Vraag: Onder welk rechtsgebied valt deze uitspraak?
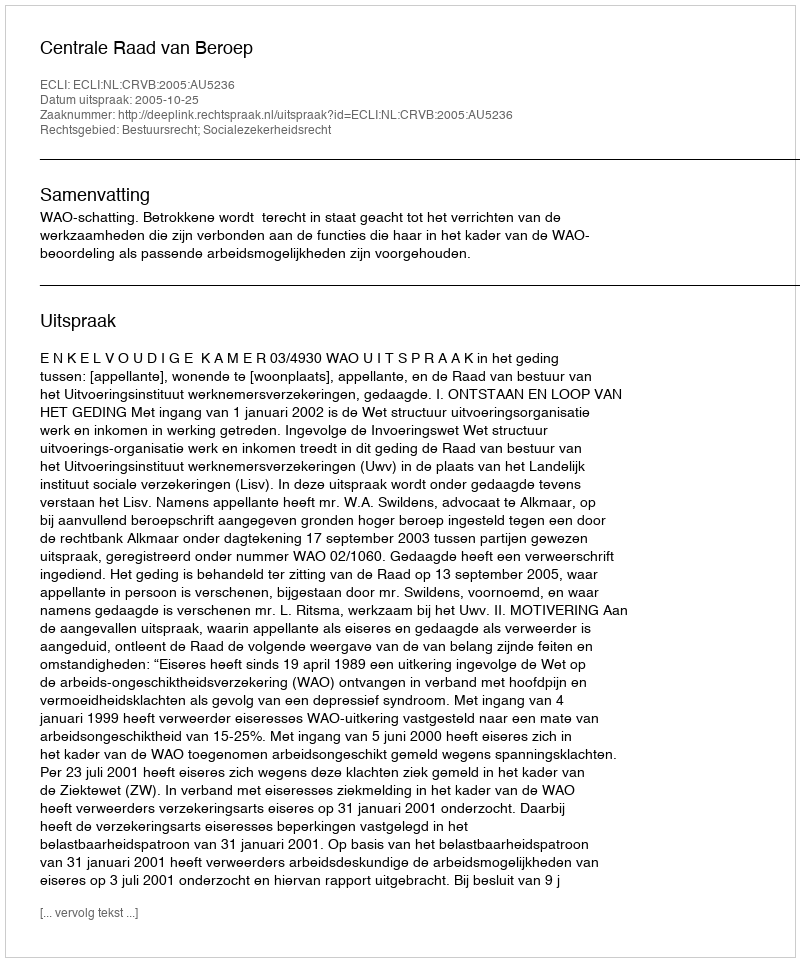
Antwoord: Bestuursrecht; Socialezekerheidsrecht